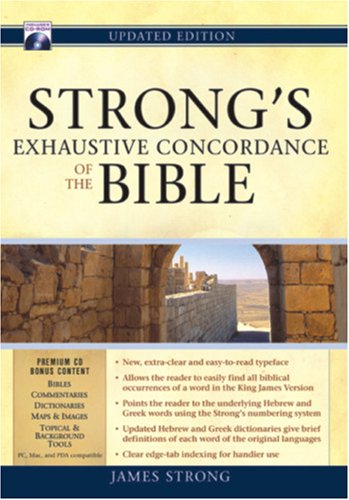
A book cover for Strong's Exhaustive Concordance of the Bible [With CDROM]; James Strong; Christian Books & Bibles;